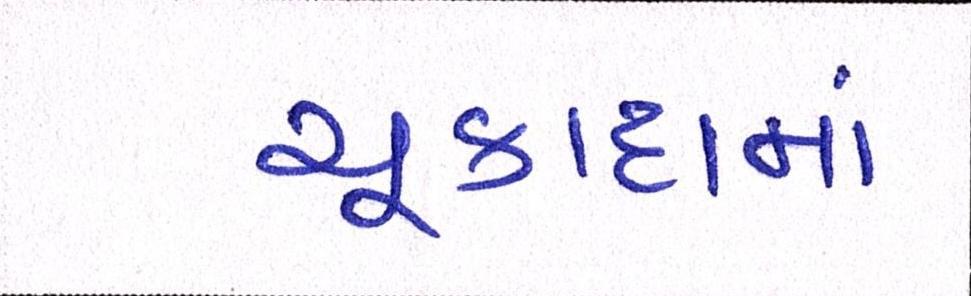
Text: ચૂકાદામાં